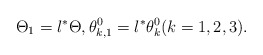
\begin{align*} \Theta_{1}=l^*\Theta,\theta_{k,1}^0=l^*\theta_{k}^0(k=1, 2, 3). \end{align*}